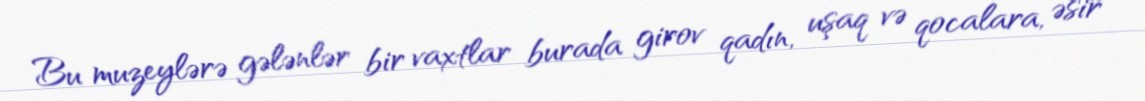
Bu muzeylərə gələnlər bir vaxtlar burada girov qadın, uşaq və qocalara, əsir